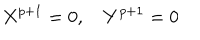
LaTeX: X ^ { p + 1 } = 0 , \quad Y ^ { p + 1 } = 0